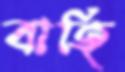
বাহি